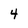
Character: 4